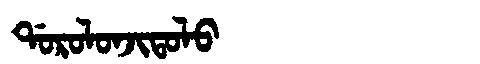
Manchu: ᡩᠣᡵᠣᠯᠣᠨᠵᡳᡨᠣᠯᠣ
Romanization: DOROLONJITOLO